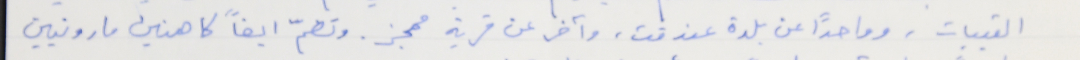
القبيات، وواحدًا عن بلدة عندقت، وآخر عن قرية ممجز. وتضمّ ايضاً كاهنين مارونيين